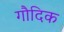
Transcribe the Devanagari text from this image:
गौदिक